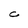
Character: C